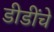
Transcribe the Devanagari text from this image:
डीडींचे